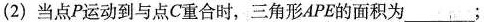
(2)当点P运动到与点C重合时，三角形APE的面积为___；